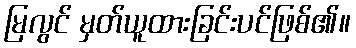
မြလွင် မှတ်ယူထားခြင်းပင်ဖြစ်၏။